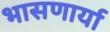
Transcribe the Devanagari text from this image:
भासणार्या